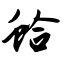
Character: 蛤